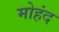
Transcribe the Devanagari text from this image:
मोहंद